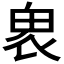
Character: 𠃁